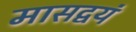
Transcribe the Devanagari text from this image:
मासद्वयं